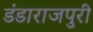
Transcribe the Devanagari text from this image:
डंडाराजपुरी